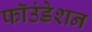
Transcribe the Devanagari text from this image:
फॉउंडेशन